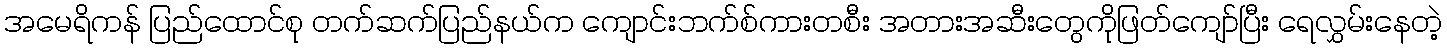
အမေရိကန် ပြည်ထောင်စု တက်ဆက်ပြည်နယ်က ကျောင်းဘက်စ်ကားတစီး အတားအဆီးတွေကိုဖြတ်ကျော်ပြီး ရေလွှမ်းနေတဲ့